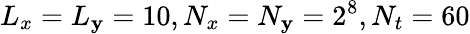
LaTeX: L_{x}=L_{\mathbf{y}}=10,N_{x}=N_{\mathbf{y}}=2^{8},N_{t}=60